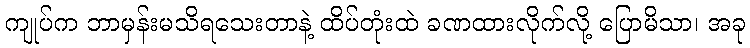
ကျုပ်က ဘာမှန်းမသိရသေးတာနဲ့ ထိပ်တုံးထဲ ခဏထားလိုက်လို့ ပြောမိသာ၊ အခု